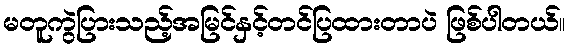
မတူကွဲပြားသည့်အမြင်နှင့်တင်ပြထားတာပဲ ဖြစ်ပါတယ်။